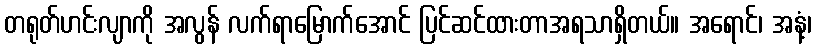
တရုတ်ဟင်းလျာကို အလွန် လက်ရာမြောက်အောင် ပြင်ဆင်ထားတာအရသာရှိတယ်။ အရောင်၊ အနံ့၊